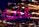
عمة